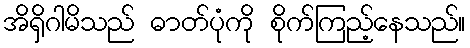
အိရှိဂါမိသည် ဓာတ်ပုံကို စိုက်ကြည့်နေသည်။